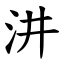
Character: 汫